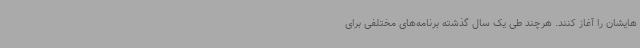
‌هایشان را آغاز کنند. هرچند طی یک سال گذشته برنامه‌های مختلفی برای